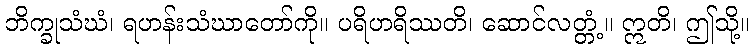
ဘိက္ခုသံဃံ၊ ရဟန်းသံဃာတော်ကို။ ပရိဟရိဿတိ၊ ဆောင်လတ္တံ့။ ဣတိ၊ ဤသို့။